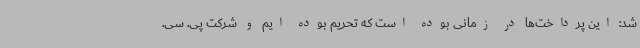
شد: این پرداخت‌ها در زمانی بوده است که تحریم بوده ایم و شرکت پی. سی.